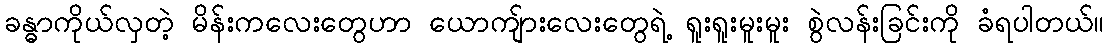
ခန္ဓာကိုယ်လှတဲ့ မိန်းကလေးတွေဟာ ယောကျ်ားလေးတွေရဲ့ ရူးရူးမူးမူး စွဲလန်းခြင်းကို ခံရပါတယ်။